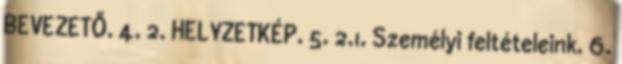
BEVEZETŐ. 4. 2. HELYZETKÉP. 5. 2.1. Személyi feltételeink. 6.